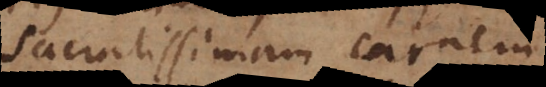
sacratissimam carnem